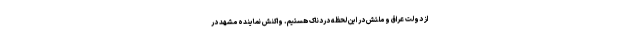
از دولت عراق و ملتش در این لحظه دردناک هستیم. واکنش نماینده مشهد در